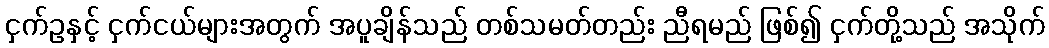
ငှက်ဥနှင့် ငှက်ငယ်များအတွက် အပူချိန်သည် တစ်သမတ်တည်း ညီရမည် ဖြစ်၍ ငှက်တို့သည် အသိုက်